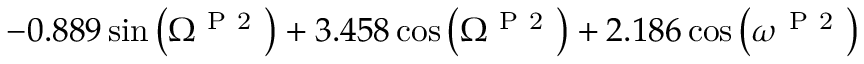
- 0 . 8 8 9 \sin { \left( \Omega ^ { \mathrm { ~ P ~ 2 ~ } } \right) } + 3 . 4 5 8 \cos { \left( \Omega ^ { \mathrm { ~ P ~ 2 ~ } } \right) } + 2 . 1 8 6 \cos { \left( \omega ^ { \mathrm { ~ P ~ 2 ~ } } \right) }